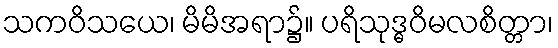
သကဝိသယေ၊ မိမိအရာ၌။ ပရိသုဒ္ဓဝိမလစိတ္တာ၊